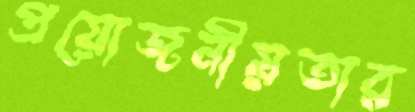
প্রয়োজনীয়তার